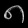
Digit: ၈